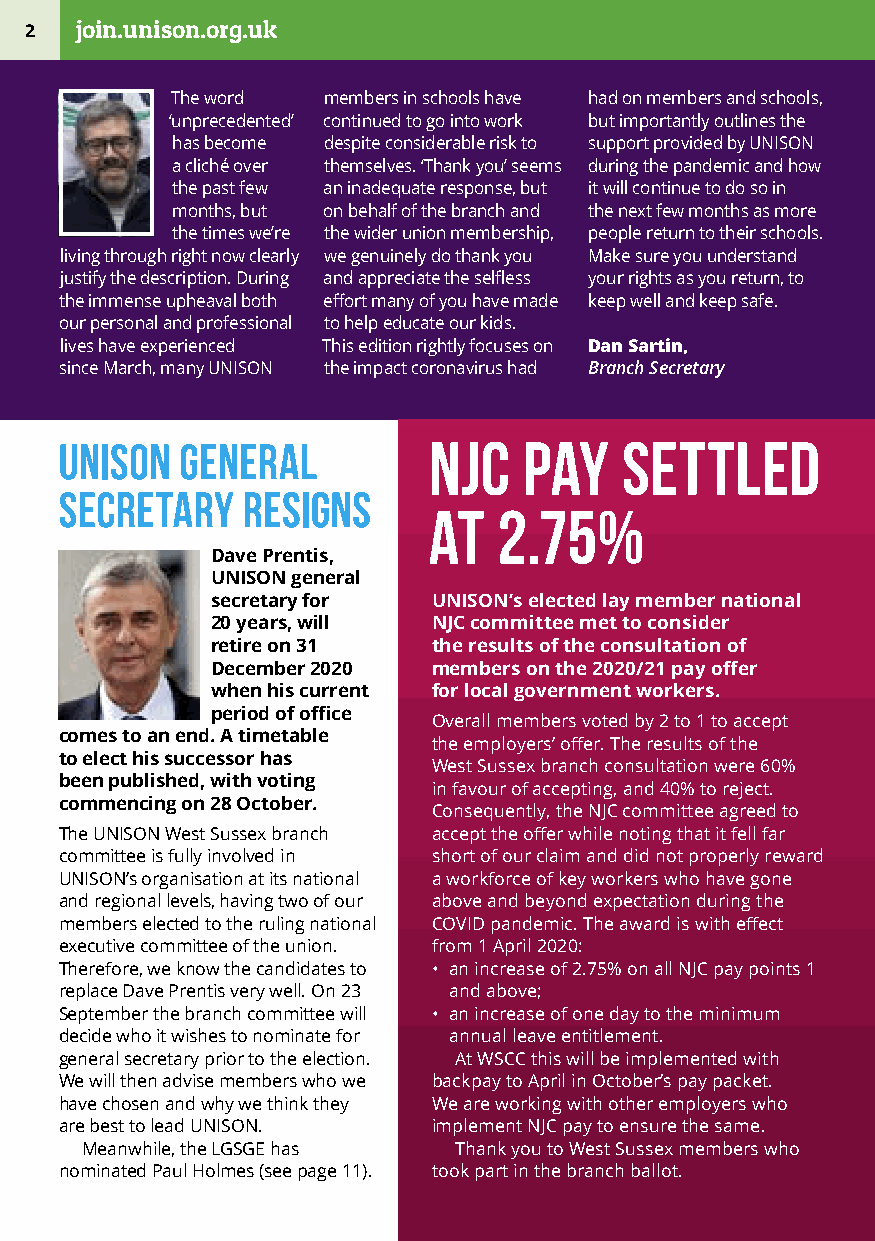
2  join.unison.org.uk
 The word  members in schools have had on members and schools,
 ‘unprecedented’ continued to go into work but importantly outlines the
 has become despite considerable risk to support provided by UNISON
 a cliché over themselves. ‘Thank you’ seems during the pandemic and how
 the past few an inadequate response, but it will continue to do so in
 months, but on behalf of the branch and the next few months as more
 the times we’re the wider union membership, people return to their schools.
 living through right now clearly we genuinely do thank you Make sure you understand
 justify the description. During and appreciate the selfless your rights as you return, to
 the immense upheaval both effort many of you have made keep well and keep safe.
 our personal and professional to help educate our kids.
 lives have experienced This edition rightly focuses on Dan Sartin,
 since March, many UNISON the impact coronavirus had Branch Secretary
 UNISON  general         NJC    pay   settled
 secretary   resigns
 at   2.75%
 Dave Prentis,
 UNISON general
 secretary for  UNISON’s elected lay member national
 20 years, will NJC committee met to consider
 retire on 31   the results of the consultation of
 December 2020  members on the 2020/21 pay offer
 when his current for local government workers.
 period of office
 Overall members voted by 2 to 1 to accept
 comes to an end. A timetable
 the employers’ offer. The results of the
 to elect his successor has
 West Sussex branch consultation were 60%
 been published, with voting
 in favour of accepting, and 40% to reject.
 commencing on 28 October.
 Consequently, the NJC committee agreed to
 The UNISON West Sussex branch accept the offer while noting that it fell far
 committee is fully involved in short of our claim and did not properly reward
 UNISON’s organisation at its national a workforce of key workers who have gone
 and regional levels, having two of our above and beyond expectation during the
 members elected to the ruling national COVID pandemic. The award is with effect
 executive committee of the union. from 1 April 2020:
 Therefore, we know the candidates to • an increase of 2.75% on all NJC pay points 1
 replace Dave Prentis very well. On 23 and above;
 September the branch committee will • an increase of one day to the minimum
 decide who it wishes to nominate for annual leave entitlement.
 general secretary prior to the election. At WSCC this will be implemented with
 We will then advise members who we backpay to April in October’s pay packet.
 have chosen and why we think they We are working with other employers who
 are best to lead UNISON. implement NJC pay to ensure the same.
 Meanwhile, the LGSGE has Thank you to West Sussex members who
 nominated Paul Holmes (see page 11). took part in the branch ballot.